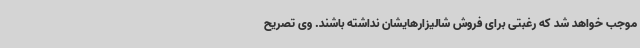
موجب خواهد شد که رغبتی برای فروش شالیزارهایشان نداشته باشند. وی تصریح